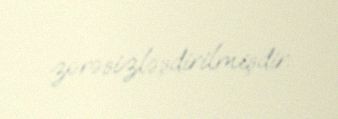
zərəsizləşdirilmişdir.